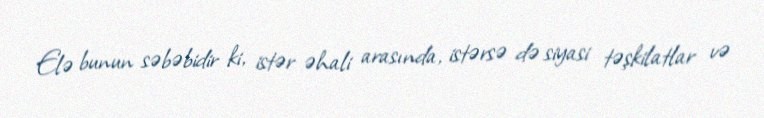
Elə bunun səbəbidir ki, istər əhali arasında, istərsə də siyasi təşkilatlar və